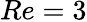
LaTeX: Re=3